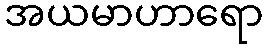
အယမာဟာရော